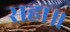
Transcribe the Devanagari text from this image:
सहा॥